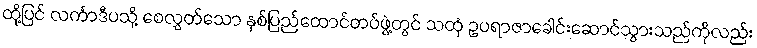
ထို့ပြင် လင်္ကာဒီပသို့ စေလွှတ်သော နှစ်ပြည်ထောင်တပ်ဖွဲ့တွင် သထုံ ဥပရာဇာခေါင်းဆောင်သွားသည်ကိုလည်း